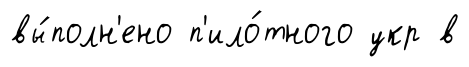
вы́полн'ено п'ило́тного укр в